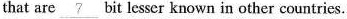
that are \underline{ 7 } bit lesser known in other countries.